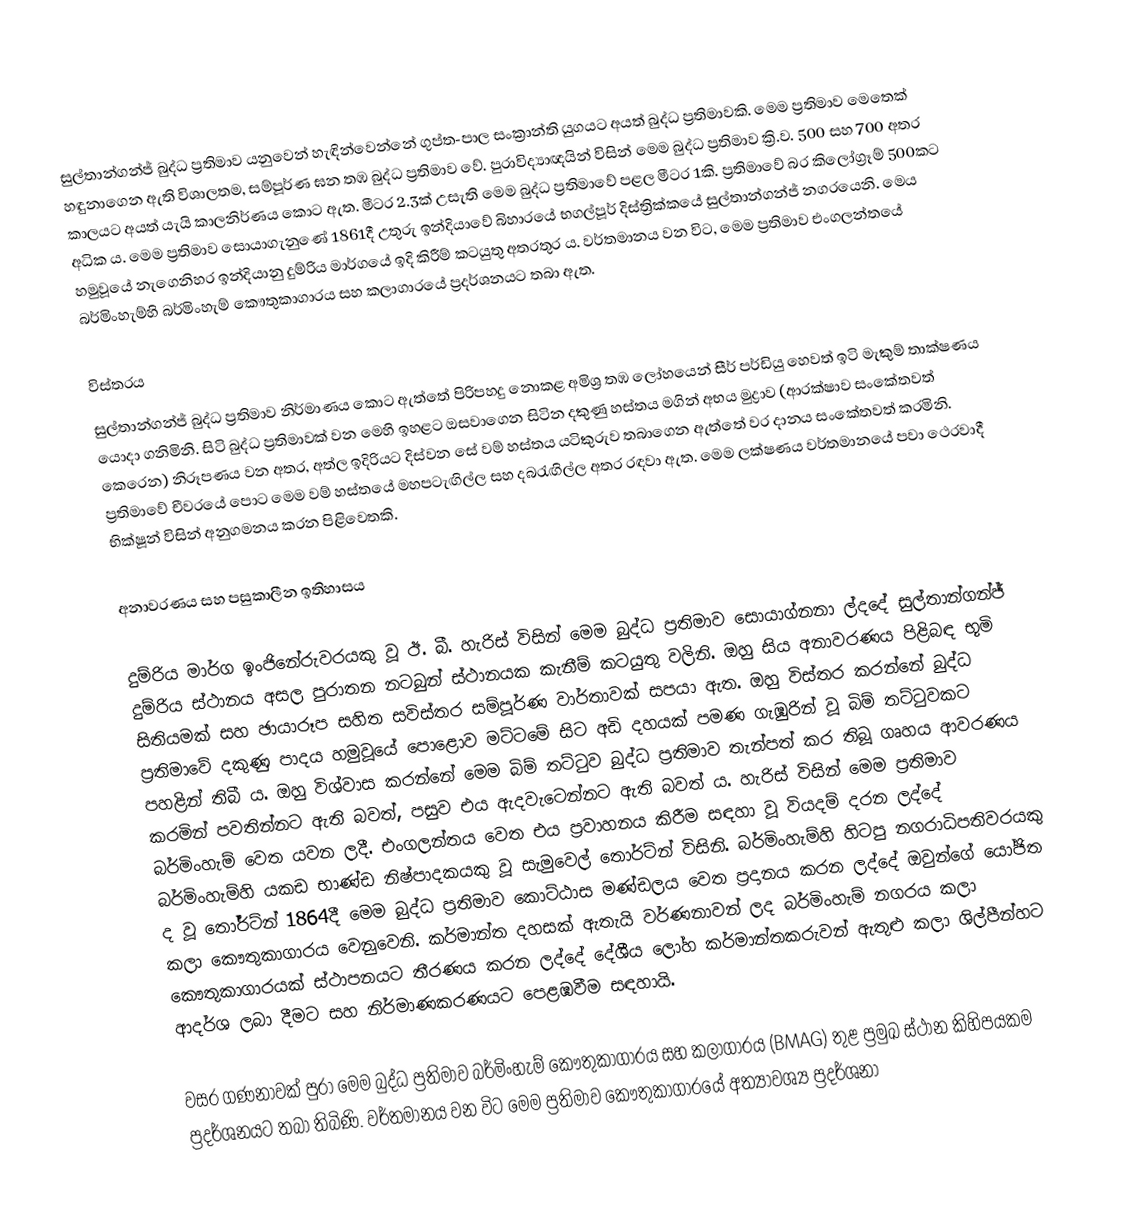
සුල්තාන්ගන්ජ් බුද්ධ ප්‍රතිමාව යනුවෙන් හැඳින්වෙන්නේ ගුප්ත-පාල සංක්‍රාන්ති යුගයට අයත් බුද්ධ ප්‍රතිමාවකි. මෙම ප්‍රතිමාව මෙතෙක් හඳුනාගෙන ඇති විශාලතම, සම්පූර්ණ ඝන තඹ බුද්ධ ප්‍රතිමාව වේ. පුරාවිද්‍යාඥයින් විසින් මෙම බුද්ධ ප්‍රතිමාව ක්‍රි.ව. 500 සහ 700 අතර කාලයට අයත් යැයි කාලනිර්ණය කොට ඇත. මීටර 2.3ක් උසැති මෙම බුද්ධ ප්‍රතිමාවේ පළල මීටර 1කි. ප්‍රතිමාවේ බර කිලෝග්‍රෑම් 500කට අධික ය. මෙම ප්‍රතිමාව සොයාගැනුණේ 1861දී උතුරු ඉන්දියාවේ බිහාරයේ භගල්පූර් දිස්ත්‍රික්කයේ සුල්තාන්ගන්ජ් නගරයෙනි. මෙය හමුවූයේ නැගෙනිහර ඉන්දියානු දුම්රිය මාර්ගයේ ඉදි කිරීම් කටයුතු අතරතුර ය. වර්තමානය වන විට, මෙම ප්‍රතිමාව එංගලන්තයේ බර්මිංහැම්හි බර්මිංහැම් කෞතුකාගාරය සහ කලාගාරයේ ප්‍රදර්ශනයට තබා ඇත.

විස්තරය
සුල්තාන්ගන්ජ් බුද්ධ ප්‍රතිමාව නිර්මාණය කොට ඇත්තේ පිරිපහදු නොකළ අමිශ්‍ර තඹ ලෝහයෙන් සීර් පර්ඩියු හෙවත් ඉටි මැකුම් තාක්ෂණය යොදා ගනිමිනි. සිටි බුද්ධ ප්‍රතිමාවක් වන මෙහි ඉහළට ඔසවාගෙන සිටින දකුණු හස්තය මගින් අභය මුද්‍රාව (ආරක්ෂාව සංකේතවත් කෙරෙන) නිරූපණය වන අතර, අත්ල ඉදිරියට දිස්වන සේ වම් හස්තය යටිකුරුව තබාගෙන ඇත්තේ වර දානය සංකේතවත් කරමිනි. ප්‍රතිමාවේ චීවරයේ පොට මෙම වම් හස්තයේ මහපටැඟිල්ල සහ දබරැඟිල්ල අතර රඳවා ඇත. මෙම ලක්ෂණය වර්තමානයේ පවා ථෙරවාදී භික්ෂූන් විසින් අනුගමනය කරන පිළිවෙතකි.

අනාවරණය සහ පසුකාලීන ඉතිහාසය

දුම්රිය මාර්ග ඉංජිනේරුවරයකු වූ ඊ. බී. හැරිස් විසින් මෙම බුද්ධ ප්‍රතිමාව සොයාග්නනා ල්දදේ සුල්තාන්ගන්ජ් දුම්රිය ස්ථානය අසල පුරාතන නටබුන් ස්ථානයක කැනීම් කටයුතු වලිනි. ඔහු සිය අනාවරණය පිළිබඳ භූමි සිතියමක් සහ ඡායාරූප සහිත සවිස්තර සම්පූර්ණ වාර්තාවක් සපයා ඇත. ඔහු විස්තර කරන්නේ බුද්ධ ප්‍රතිමාවේ දකුණු පාදය හමුවූයේ පොළොව මට්ටමේ සිට අඩි දහයක් පමණ ගැඹු‍රින් වූ බිම් තට්ටුවකට පහළින් තිබී ය. ඔහු විශ්වාස කරන්නේ මෙම බිම් තට්ටුව බුද්ධ ප්‍රතිමාව තැන්පත් කර තිබූ ගෘහය ආවරණය කරමින් පවතින්නට ඇති බවත්, පසුව එය ඇදවැටෙන්නට ඇති බවත් ය. හැරිස් විසින් මෙම ප්‍රතිමාව බර්මිංහැම් වෙත යවන ලදී. එංගලන්තය වෙත එය ප්‍රවාහනය කිරීම සඳහා වූ වියදම් දරන ලද්දේ බර්මිංහැම්හි යකඩ භාණ්ඩ නිෂ්පාදකයකු වූ සැමුවෙල් තොර්ට්න් විසිනි. බර්මිංහැම්හි හිටපු නගරාධිපතිවරයකු ද වූ තෝර්ට්න් 1864දී මෙම බුද්ධ ප්‍රතිමාව කොට්ඨාස මණ්ඩලය වෙත ප්‍රදානය කරන ලද්දේ ඔවුන්ගේ යෝජිත කලා කෞතුකාගාරය වෙනුවෙනි. කර්මාන්ත දහසක් ඇතැයි වර්ණනාවන් ලද බර්මිංහැම් නගරය කලා කෞතුකාගාරයක් ස්ථාපනයට තීරණය කරන ලද්දේ දේශීය ලෝහ කර්මාන්තකරුවන් ඇතුළු කලා ශිල්පීන්හට ආදර්ශ ලබා දීමට සහ නිර්මාණකරණයට පෙළඹවීම සඳහායි.

වසර ගණනාවක් පුරා මෙම බුද්ධ ප්‍රතිමාව බර්මිංහැම් කෞතුකාගාරය සහ කලාගාරය (BMAG) තුළ ප්‍රමුඛ ස්ථාන කිහිපයකම ප්‍රදර්ශනයට තබා තිබිණි. වර්තමානය වන විට මෙම ප්‍රතිමාව කෞතුකාගාරයේ අත්‍යාවශ්‍ය ප්‍රදර්ශනා